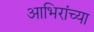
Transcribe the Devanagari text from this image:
आभिरांच्या